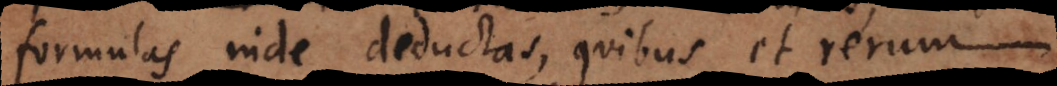
formulas inde deductas, quibus et rerum